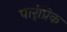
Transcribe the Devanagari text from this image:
पार्ंप्रिक